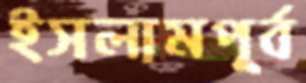
ইসলামপূর্ব